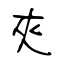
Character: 夾